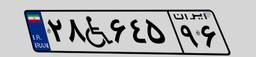
۲۸W۶۴۵۹۶